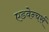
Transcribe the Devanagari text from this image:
एडवेन्चर्स